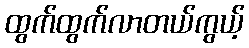
ထွက်ထွက်လာတယ်ကွယ့်